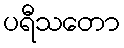
ပရီသတော